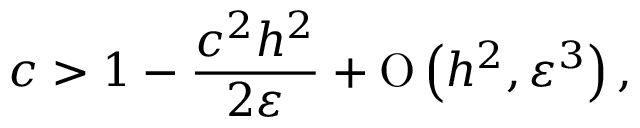
c > 1 - \frac { c ^ { 2 } h ^ { 2 } } { 2 \varepsilon } + \ensuremath { \operatorname { O } \left( h ^ { 2 } , \varepsilon ^ { 3 } \right) } ,